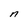
Character: n